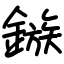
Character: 鏃